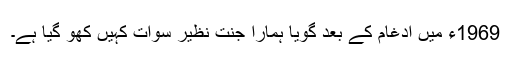
1969ء میں ادغام کے بعد گویا ہمارا جنت نظیر سوات کہیں کھو گیا ہے۔